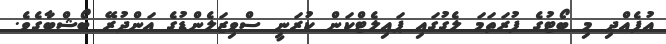
އުފެއްދި މި ބޯޓުގެ ފުރަތަަމަ ލެގުގައި ޕައިލެޓްކަން ކުރަނީ ސްވިޒަލެންޑުގެ އަންދުރޭ ބޯޝްބާގެވެ.